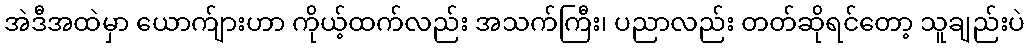
အဲဒီအထဲမှာ ယောက်ျားဟာ ကိုယ့်ထက်လည်း အသက်ကြီး၊ ပညာလည်း တတ်ဆိုရင်တော့ သူချည်းပဲ